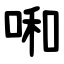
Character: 啝